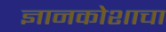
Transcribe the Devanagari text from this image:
ज्ञानकोशाचा